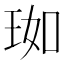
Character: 𬍣